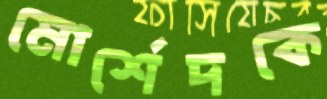
মোর্শেদকে